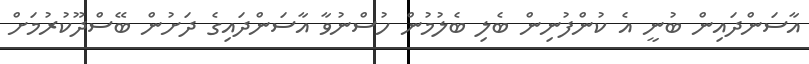
އާސަންދައިން ބުނީ އެ ކުންފުނިން ބެލި ބެލުމުން ހުސްނުވާ އާސަންދައިގެ ދަށުން ބޭސްދޫކުރުމަށް